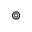
\circledcirc